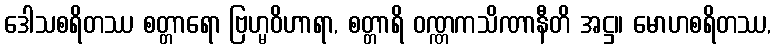
ဒေါသစရိတဿ စတ္တာရော ဗြဟ္မဝိဟာရာ, စတ္တာရိ ဝဏ္ဏကသိဏာနီတိ အဋ္ဌ။ မောဟစရိတဿ,